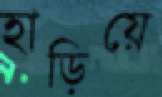
হাড়িয়ে